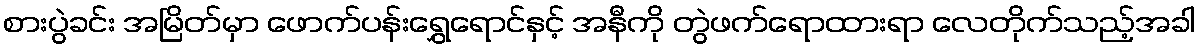
စားပွဲခင်း အမြိတ်မှာ ဖောက်ပန်းရွှေရောင်နှင့် အနီကို တွဲဖက်ရောထားရာ လေတိုက်သည့်အခါ